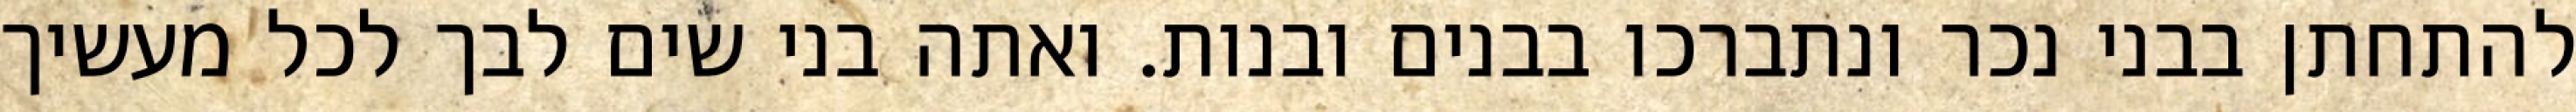
להתחתן בבני נכר ונתברכו בבנים ובנות. ואתה בני שים לבך לכל מעשיך